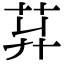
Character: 𦭺